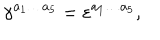
LaTeX: \gamma ^ { a _ { 1 } \ldots a _ { 5 } } = \varepsilon ^ { a _ { 1 } \ldots a _ { 5 } } ,